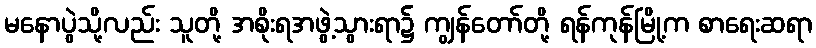
မနောပွဲသို့လည်း သူတို့ အစိုးရအဖွဲ့သွားရာ၌ ကျွန်တော်တို့ ရန်ကုန်မြို့က စာရေးဆရာ